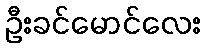
ဦးခင်မောင်လေး